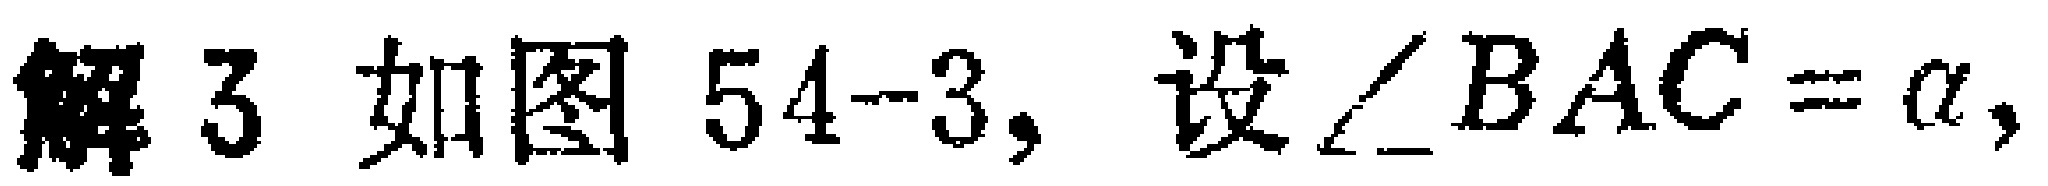
解3 如图54-3，设$\angle BAC = \alpha,$